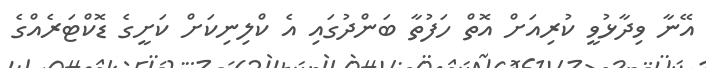
އޭނާ ވިދާޅުވީ ކުރިއަށް އޮތް ހަފުތާ ބަންދުގައި އެ ކްލިނިކަށް ކަށީގެ ޑޮކްޓަރެއްގެ